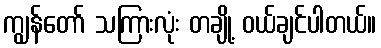
ကျွန်တော် သကြားလုံး တချို့ ဝယ်ချင်ပါတယ်။